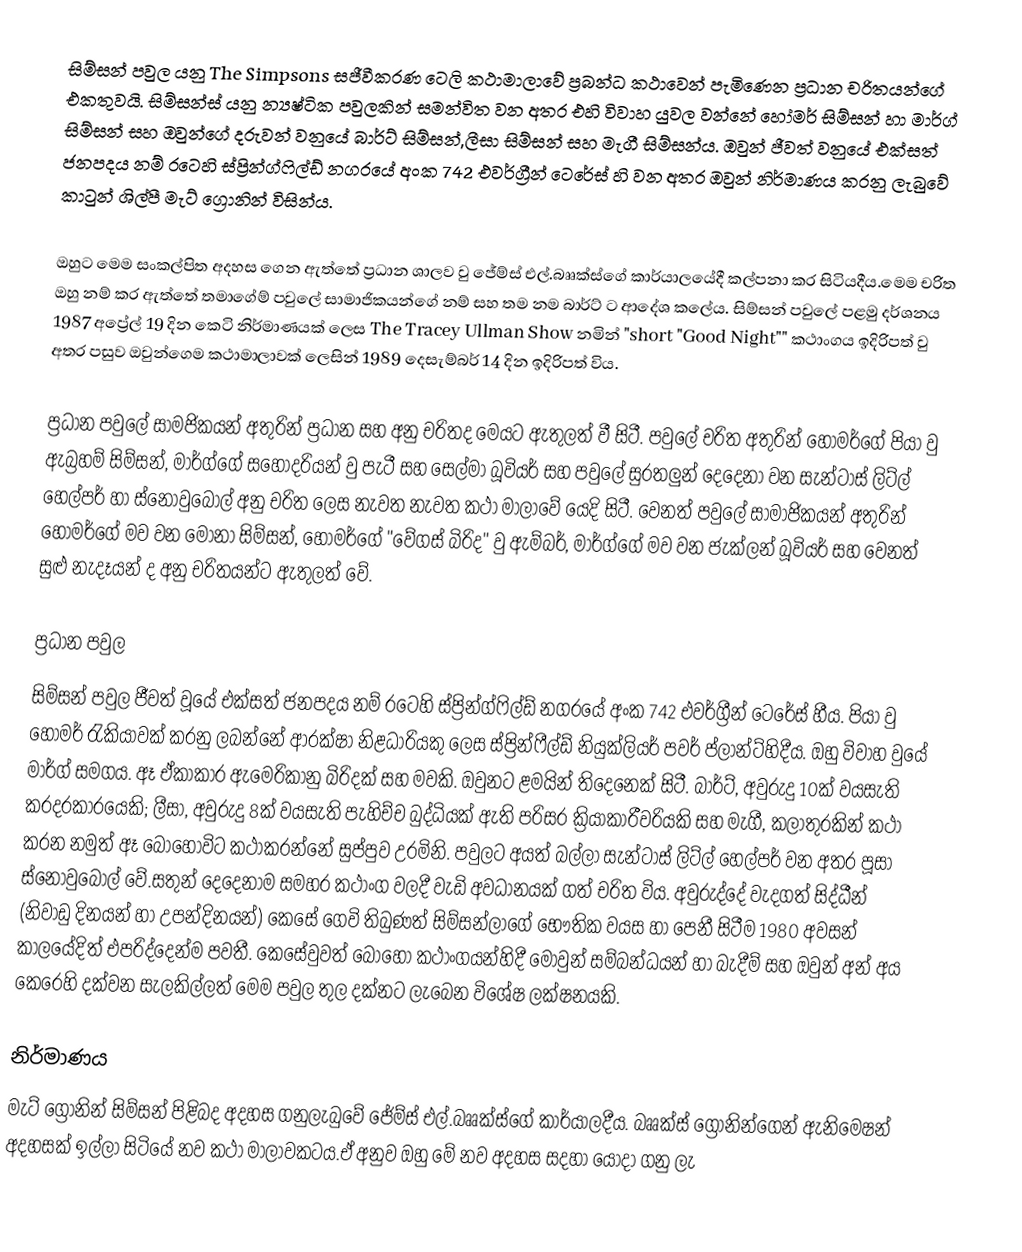
සිම්සන් පවුල යනු The Simpsons සජීවීකරණ ටෙලි කථාමාලාවේ ප්‍රබන්ධ කථාවෙන් පැමිණෙන ප්‍රධාන චරිතයන්ගේ එකතුවයි. සිම්සන්ස් යනු න්‍යෂ්ටික පවුලකින් සමන්විත වන අතර එහි විවාහ යුවල වන්නේ හෝමර් සිම්සන් හා මාර්ග් සිම්සන් සහ ඔවුන්ගේ දරුවන් වනුයේ බාර්ට් සිම්සන්,ලීසා සිම්සන් සහ මැගී සිම්සන්ය. ඔවුන් ජීවත් වනුයේ එක්සත් ජනපදය නම් රටෙහි ස්ප්‍රින්ග්ෆිල්ඩ් නගරයේ  අංක 742 එවර්ග්‍රීන් ටෙරේස් හි වන අතර ඔවුන් නිර්මාණය කරනු ලැබුවේ කාටුන් ශිල්පී මැට් ග්‍රොනින් විසින්ය.

ඔහුට  මෙම සංකල්පිත අදහස ගෙන ඇත්තේ ප්‍රධාන ශාලව වු ජේම්ස් එල්.බෲක්ස්ගේ කාර්යාලයේදී කල්පනා කර සිටියදීය.මෙම චරිත ඔහු නම් කර ඇත්තේ තමාගේම් පවුලේ සාමාජිකයන්ගේ නම් සහ තම නම බාර්ට් ට ආදේශ කලේය. සිම්සන් පවුලේ පළමු දර්ශනය 1987 අප්‍රේල් 19 දින කෙටි නිර්මාණයක් ලෙස The Tracey Ullman Show නමින්  "short "Good Night"" කථාංගය  ඉදිරිපත් වු අතර පසුව ඔවුන්ගෙම කථාමාලාවක් ලෙසින් 1989 දෙසැම්බර් 14 දින ඉදිරිපත් විය.

ප්‍රධාන පවුලේ සාමජිකයන් අතුරින් ප්‍රධාන සහ අනු චරිතද මෙයට ඇතුලත් වී සිටී. පවුලේ චරිත අතුරින් හෝමර්ගේ පියා වු ඇබ්‍රහම් සිම්සන්,  මාර්ග්ගේ සහොදරියන් වු පැටී සහ සෙල්මා බූවියර් සහ පවුලේ සුරතලුන් දෙදෙනා වන සැන්ටාස් ලිට්ල් හෙල්පර් හා ස්නොවුබොල් අනු චරිත ලෙස නැවත නැවත කථා මාලාවේ යෙදි සිටී. වෙනත් පවුලේ සාමාජිකයන් අතුරින් හෝමර්ගේ මව වන මොනා සිම්සන්, හෝමර්ගේ "වේගස් බිරිද" වු ඇම්බර්,  මාර්ග්ගේ මව වන ජැක්ලන් බූවියර් සහ වෙනත් සුළු නැදෑයන් ද අනු චරිතයන්ට ඇතුලත් වේ.

ප්‍රධාන පවුල
සිම්සන් පවුල ජීවත් වූයේ එක්සත් ජනපදය නම් රටෙහි ස්ප්‍රින්ග්ෆිල්ඩ් නගරයේ අංක 742 එවර්ග්‍රීන් ටෙරේස් හීය. පියා වු හොමර් රැකියාවක් කරනු ලබන්නේ ආරක්ෂා නිළධාරියකු ලෙස ස්ප්‍රින්ෆීල්ඩ් නියුක්ලියර් පවර් ප්ලාන්ට්හිදීය. ඔහු විවාහ වුයේ මාර්ග් සමගය. ඈ ඒකාකාර ඇමෙරිකානු බිරිදක් සහ මවකි. ඔවුනට ළමයින් තිදෙනෙක් සිටී. බාර්ට්, අවුරුදු 10ක් වයසැති කරදරකාරයෙකි; ලීසා, අවුරුදු 8ක් වයසැති පැහිච්ච බුද්ධියක් ඇති පරිසර ක්‍රියාකාරීවරියකි සහ මැගී, කලාතුරකින් කථා කරන නමුත් ඈ බොහොවිට  කථාකරන්නේ සුප්පුව උරමිනි. පවුලට අයත් බල්ලා සැන්ටාස් ලිට්ල් හෙල්පර් වන අතර පූසා ස්නොවුබොල් වේ.සතුන් දෙදෙනාම සමහර කථාංග වලදී වැඩි අවධානයක් ගත් චරිත විය. අවුරුද්දේ වැදගත් සිද්ධීන් (නිවාඩු දිනයන් හා උපන්දිනයන්) කෙසේ ගෙවි තිබුණත් සිම්සන්ලාගේ භෞතික වයස හා පෙනී සිටීම 1980 අවසන් කාලයේදිත් එපරිද්දෙන්ම පවතී. කෙසේවුවත් බොහෝ කථාංගයන්හිදී මොවුන් සම්බන්ධයන් හා බැදීම් සහ ඔවුන් අන් අය කෙරෙහි දක්වන සැලකිල්ලත් මෙම පවුල තුල දක්නට ලැබෙන විශේෂ ලක්ෂනයකි.

නිර්මාණය
මැට් ග්‍රොනින් සිම්සන් පිළිබද අදහස ගනුලැබුවේ ජේම්ස් එල්.බෲක්ස්ගේ කාර්යාලදීය. බෲක්ස් ග්‍රොනින්ගෙන් ඇනිමෙෂන් අදහසක් ඉල්ලා සිටියේ නව කථා මාලාවකටය.ඒ අනුව ඔහු මේ නව අදහස සදහා යොදා ගනු ලැ